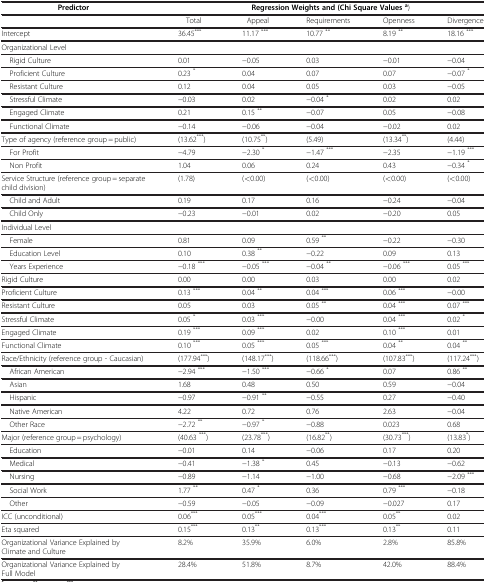
<table><thead><tr><td><b>Predictor</b></td><td colspan="5"><b>Regression Weights and (Chi Square Values <sup>a</sup>)</b></td></tr></thead><tbody><tr><td> </td><td>Total</td><td>Appeal</td><td>Requirements</td><td>Openness</td><td>Divergence</td></tr><tr><td>Intercept</td><td>36.45<sup>***</sup></td><td>11.17 <sup>***</sup></td><td>10.77 <sup>**</sup></td><td>8.19 <sup>**</sup></td><td>18.16 <sup>***</sup></td></tr><tr><td colspan="6">Organizational Level</td></tr><tr><td> Rigid Culture</td><td>0.01</td><td>−0.05</td><td>0.03</td><td>−0.01</td><td>−0.04</td></tr><tr><td> Proficient Culture</td><td>0.23 <sup>*</sup></td><td>0.04</td><td>0.07</td><td>0.07</td><td>−0.07 <sup>*</sup></td></tr><tr><td> Resistant Culture</td><td>0.12</td><td>0.04</td><td>0.05</td><td>0.03</td><td>−0.05</td></tr><tr><td> Stressful Climate</td><td>−0.03</td><td>0.02</td><td>−0.04 <sup>*</sup></td><td>0.02</td><td>0.02</td></tr><tr><td> Engaged Climate</td><td>0.21</td><td>0.15 <sup>**</sup></td><td>−0.07</td><td>0.05</td><td>−0.08</td></tr><tr><td> Functional Climate</td><td>−0.14</td><td>−0.06</td><td>−0.04</td><td>−0.02</td><td>0.02</td></tr><tr><td>Type of agency (reference group = public)</td><td>(13.62<sup>***</sup>)</td><td>(10.75<sup>**</sup>)</td><td>(5.49)</td><td>(13.34<sup>**</sup>)</td><td>(4.44)</td></tr><tr><td> For Profit</td><td>−4.79</td><td>−2.30 <sup>*</sup></td><td>−1.47 <sup>***</sup></td><td>−2.35</td><td>−1.19 <sup>***</sup></td></tr><tr><td> Non Profit</td><td>1.04</td><td>0.06</td><td>0.24</td><td>0.43</td><td>−0.34 <sup>*</sup></td></tr><tr><td>Service Structure (reference group = separate child division)</td><td>(1.78)</td><td>(&lt;0.00)</td><td>(&lt;0.00)</td><td>(&lt;0.00)</td><td>(&lt;0.00)</td></tr><tr><td> Child and Adult</td><td>0.19</td><td>0.17</td><td>0.16</td><td>−0.24</td><td>−0.04</td></tr><tr><td> Child Only</td><td>−0.23</td><td>−0.01</td><td>0.02</td><td>−0.20</td><td>0.05</td></tr><tr><td>Individual Level</td><td> </td><td> </td><td> </td><td> </td><td> </td></tr><tr><td> Female</td><td>0.81</td><td>0.09</td><td>0.59 <sup>**</sup></td><td>−0.22</td><td>−0.30</td></tr><tr><td> Education Level</td><td>0.10</td><td>0.38 <sup>**</sup></td><td>−0.22</td><td>0.09</td><td>0.13</td></tr><tr><td> Years Experience</td><td>−0.18 <sup>***</sup></td><td>−0.05 <sup>***</sup></td><td>−0.04 <sup>**</sup></td><td>−0.06 <sup>***</sup></td><td>0.05 <sup>***</sup></td></tr><tr><td>Rigid Culture</td><td>0.00</td><td>0.00</td><td>0.03</td><td>0.00</td><td>0.02</td></tr><tr><td>Proficient Culture</td><td>0.13 <sup>***</sup></td><td>0.04 <sup>**</sup></td><td>0.04 <sup>***</sup></td><td>0.06 <sup>***</sup></td><td>−0.00</td></tr><tr><td>Resistant Culture</td><td>0.05</td><td>0.03</td><td>0.05 <sup>**</sup></td><td>0.04 <sup>***</sup></td><td>0.07 <sup>***</sup></td></tr><tr><td>Stressful Climate</td><td>0.05 <sup>*</sup></td><td>0.03 <sup>***</sup></td><td>−0.00</td><td>0.04 <sup>***</sup></td><td>0.02 <sup>*</sup></td></tr><tr><td>Engaged Climate</td><td>0.19 <sup>***</sup></td><td>0.09 <sup>***</sup></td><td>0.02</td><td>0.10 <sup>***</sup></td><td>0.01</td></tr><tr><td>Functional Climate</td><td>0.10 <sup>***</sup></td><td>0.05 <sup>***</sup></td><td>0.05 <sup>***</sup></td><td>0.04 <sup>**</sup></td><td>0.04 <sup>**</sup></td></tr><tr><td>Race/Ethnicity (reference group - Caucasian)</td><td>(177.94<sup>***</sup>)</td><td>(148.17<sup>***</sup>)</td><td>(118.66<sup>***</sup>)</td><td>(107.83<sup>***</sup>)</td><td>(117.24<sup>***</sup>)</td></tr><tr><td> African American</td><td>−2.94 <sup>***</sup></td><td>−1.50 <sup>***</sup></td><td>−0.66 <sup>*</sup></td><td>0.07</td><td>0.86 <sup>**</sup></td></tr><tr><td> Asian</td><td>1.68</td><td>0.48</td><td>0.50</td><td>0.59</td><td>−0.04</td></tr><tr><td> Hispanic</td><td>−0.97</td><td>−0.91 <sup>**</sup></td><td>−0.55</td><td>0.27</td><td>−0.40</td></tr><tr><td> Native American</td><td>4.22</td><td>0.72</td><td>0.76</td><td>2.63</td><td>−0.04</td></tr><tr><td> Other Race</td><td>−2.72 <sup>**</sup></td><td>−0.97 <sup>*</sup></td><td>−0.88</td><td>0.023</td><td>0.68</td></tr><tr><td>Major (reference group = psychology)</td><td>(40.63 <sup>***</sup>)</td><td>(23.78<sup>***</sup>)</td><td>(16.82<sup>**</sup>)</td><td>(30.73<sup>***</sup>)</td><td>(13.83<sup>*</sup>)</td></tr><tr><td> Education</td><td>−0.01</td><td>0.14</td><td>−0.06</td><td>0.17</td><td>0.20</td></tr><tr><td> Medical</td><td>−0.41</td><td>−1.38 <sup>*</sup></td><td>0.45</td><td>−0.13</td><td>−0.62</td></tr><tr><td> Nursing</td><td>−0.89</td><td>−1.14</td><td>−1.00</td><td>−0.68</td><td>−2.09 <sup>***</sup></td></tr><tr><td> Social Work</td><td>1.77 <sup>**</sup></td><td>0.47 <sup>*</sup></td><td>0.36</td><td>0.79 <sup>***</sup></td><td>−0.18</td></tr><tr><td> Other</td><td>−0.59</td><td>−0.05</td><td>−0.09</td><td>−0.027</td><td>0.17</td></tr><tr><td>ICC (unconditional)</td><td>0.06<sup>***</sup></td><td>0.05<sup>***</sup></td><td>0.04<sup>***</sup></td><td>0.05<sup>**</sup></td><td>0.02</td></tr><tr><td>Eta squared</td><td>0.15<sup>***</sup></td><td>0.13<sup>**</sup></td><td>0.13<sup>***</sup></td><td>0.13<sup>**</sup></td><td>0.11</td></tr><tr><td>Organizational Variance Explained by Climate and Culture</td><td>8.2%</td><td>35.9%</td><td>6.0%</td><td>2.8%</td><td>85.8%</td></tr><tr><td>Organizational Variance Explained by Full Model</td><td>28.4%</td><td>51.8%</td><td>8.7%</td><td>42.0%</td><td>88.4%</td></tr></tbody></table>